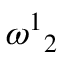
\omega ^ { 1 } { } _ { 2 }